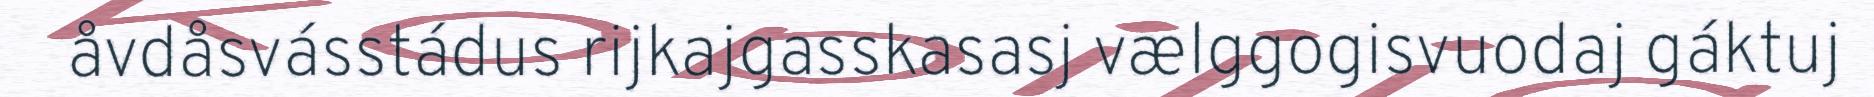
åvdåsvásstádus rijkajgasskasasj vælggogisvuodaj gáktuj